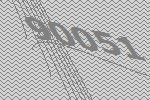
90051